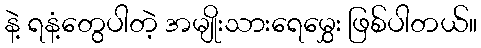
နဲ့ ရနံ့တွေပါတဲ့ အမျိုးသားရေမွှေး ဖြစ်ပါတယ်။